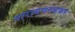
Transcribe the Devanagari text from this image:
नारायणगडकर